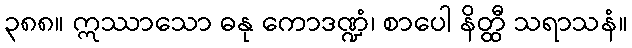
၃၈၈။ ဣဿာသော ဓနု ကောဒဏ္ဍံ၊ စာပေါ နိတ္ထီ သရာသနံ။